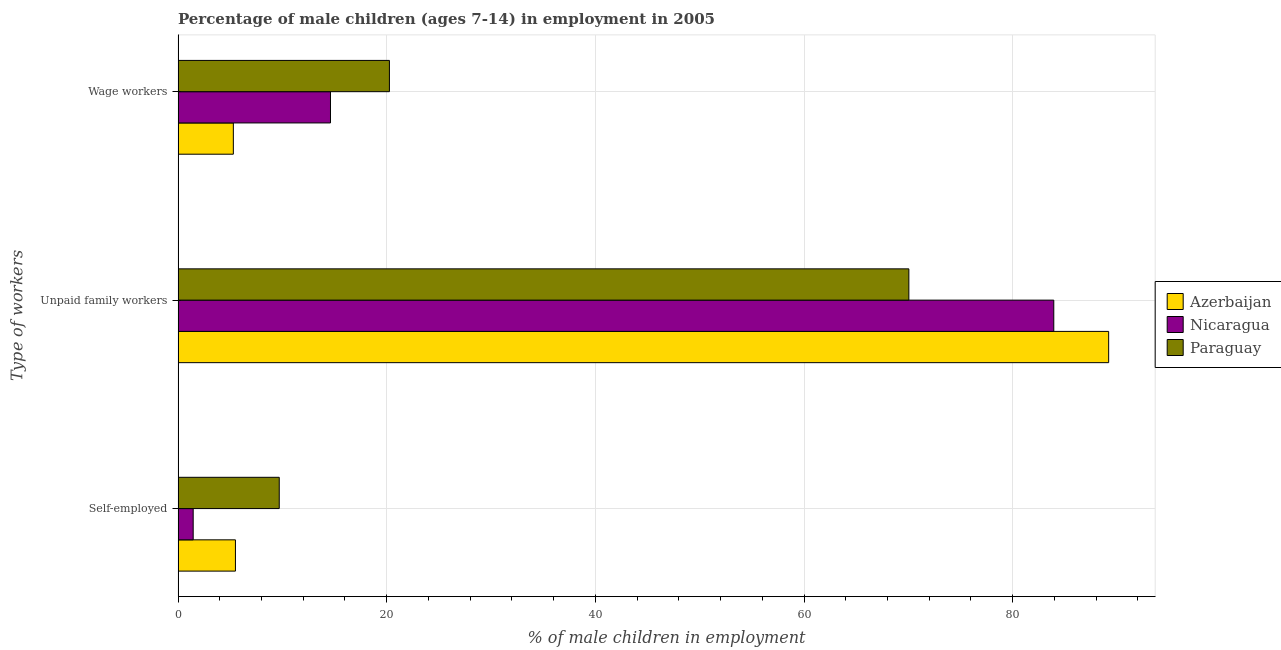
| Type of workers | Azerbaijan | Nicaragua | Paraguay |
 | --- | --- | --- | --- |
 | Self-employed | 5.5 | 1.45 | 9.7 |
 | Unpaid family workers | 89.2 | 83.9 | 70 |
 | Wage workers | 5.3 | 14.6 | 20.3 |